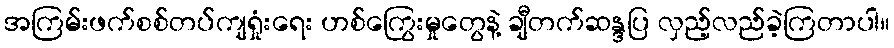
အကြမ်းဖက်စစ်တပ်ကျရှုံးရေး ဟစ်ကြွေးမှုတွေနဲ့ ချီတက်ဆန္ဒပြ လှည့်လည်ခဲ့ကြတာပါ။